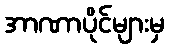
အာဏာပိုင်များမှ